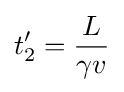
t_{2}'={\frac {L}{\gamma v}}